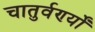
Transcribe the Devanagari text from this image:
चातुर्वर्ण्यों